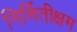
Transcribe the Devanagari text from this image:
निर्मितीक्षम